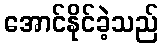
အောင်နိုင်ခဲ့သည်